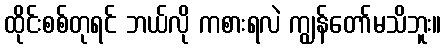
ထိုင်းစစ်တုရင် ဘယ်လို ကစားရလဲ ကျွန်တော်မသိဘူး။